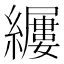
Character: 𫄎